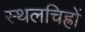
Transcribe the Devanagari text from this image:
स्थलचिह्रों